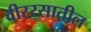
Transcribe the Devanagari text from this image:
वीररसातील